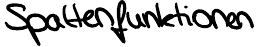
Spaltenfunktionen